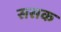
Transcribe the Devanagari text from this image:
ससक